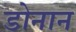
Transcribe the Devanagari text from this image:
डोनान